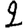
Digit: 2